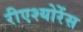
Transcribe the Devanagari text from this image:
रीएश्योरेंस